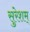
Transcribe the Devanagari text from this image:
सुरेशम्‌